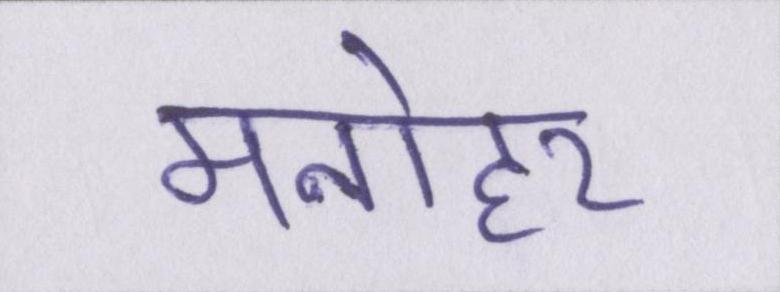
मनोहर